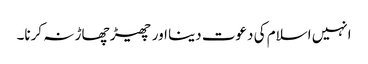
انہیں اسلام کی دعوت دینا اور چھیڑ چھاڑ نہ کرنا۔